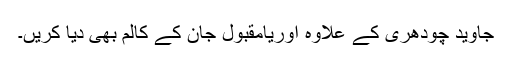
جاوید چودھری کے علاوہ اوریامقبول جان کے کالم بھی دیا کریں۔